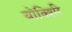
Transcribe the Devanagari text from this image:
योर्क्शिरे